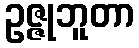
ဥဇ္ဇုဘူတာ